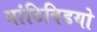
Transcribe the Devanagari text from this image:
मांटिविडयो